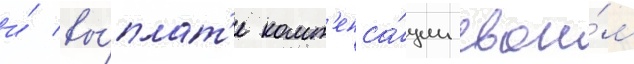
и́ вы́плат'е комп'енса́ции свои́м